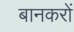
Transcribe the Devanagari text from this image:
बानकरों